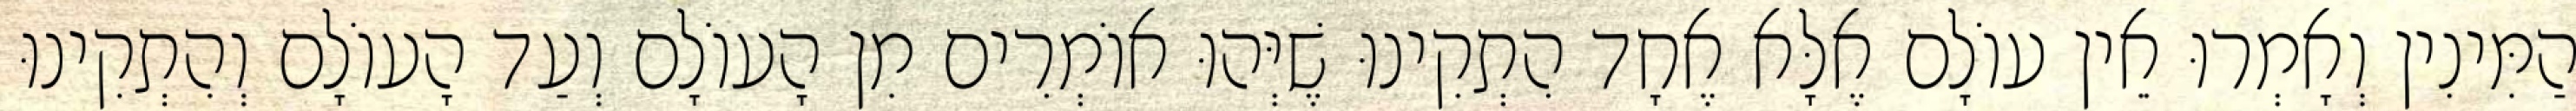
הַמִּינִין וְאָמְרוּ אֵין עוֹלָם אֶלָּא אֶחָד הִתְקִינוּ שֶׁיְּהוּ אוֹמְרִים מִן הָעוֹלָם וְעַד הָעוֹלָם וְהִתְקִינוּ